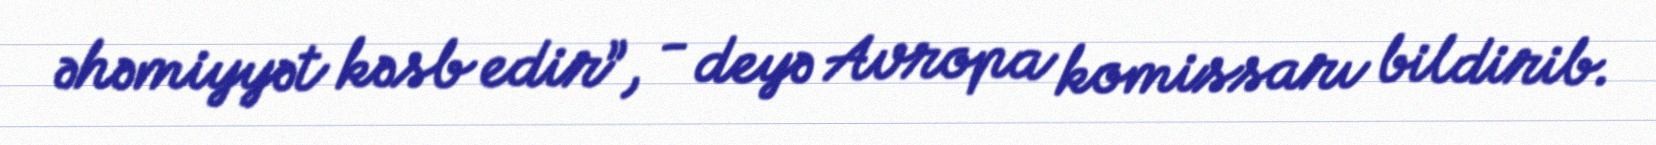
əhəmiyyət kəsb edir”, - deyə Avropa komissarı bildirib.